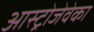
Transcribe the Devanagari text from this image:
आस्ट्रोजेवेका